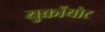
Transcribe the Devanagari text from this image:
युक्रॉयोट